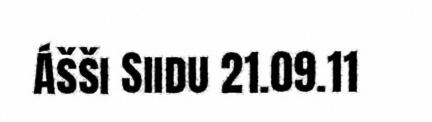
Ášši Siidu 21.09.11